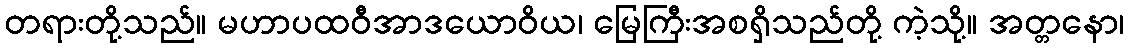
တရားတို့သည်။ မဟာပထဝီအာဒယောဝိယ၊ မြေကြီးအစရှိသည်တို့ ကဲ့သို့။ အတ္တနော၊